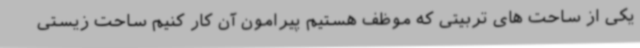
یکی از ساحت های تربیتی که موظف هستیم پیرامون آن کار کنیم ساحت زیستی